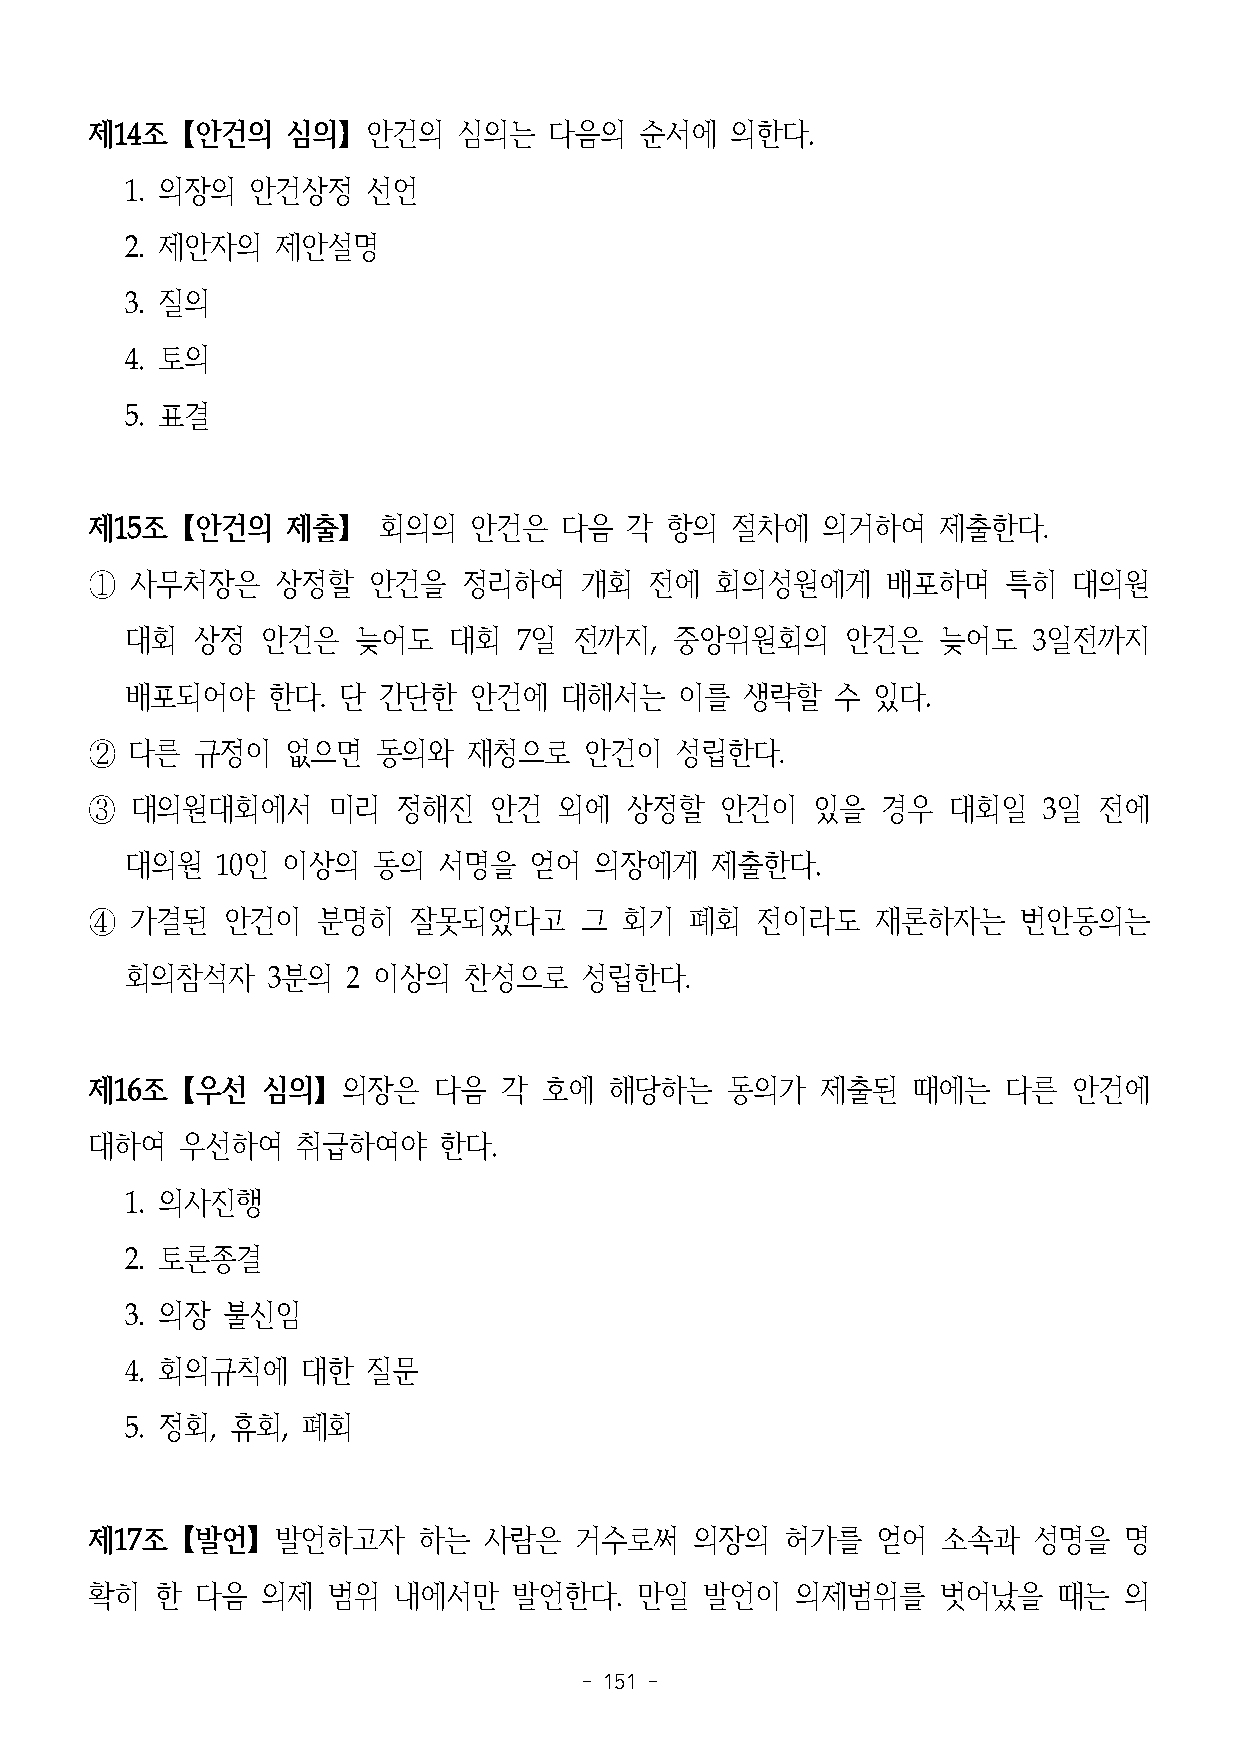
제14조【안건의     심의】안건의     심의는   다음의   순서에   의한다.
 1. 의장의  안건상정    선언
 2. 제안자의   제안설명
 3. 질의
 4. 토의
 5. 표결
 제15조【안건의     제출】   회의의   안건은   다음  각  항의  절차에   의거하여    제출한다.
 ①  사무처장은    상정할   안건을    정리하여   개회   전에  회의성원에게      배포하며    특히  대의원
 대회   상정  안건은   늦어도    대회  7일  전까지,   중앙위원회의     안건은   늦어도   3일전까지
 배포되어야     한다. 단  간단한   안건에   대해서는    이를  생략할   수  있다.
 ②  다른  규정이   없으면   동의와   재청으로    안건이   성립한다.
 ③  대의원대회에서      미리  정해진   안건   외에  상정할    안건이   있을  경우   대회일   3일  전에
 대의원   10인  이상의   동의  서명을   얻어  의장에게    제출한다.
 ④  가결된   안건이   분명히   잘못되었다고     그  회기   폐회  전이라도    재론하자는     번안동의는
 회의참석자     3분의  2 이상의   찬성으로   성립한다.
 제16조【우선    심의】의장은      다음  각  호에  해당하는    동의가   제출된   때에는    다른  안건에
 대하여   우선하여    취급하여야    한다.
 1. 의사진행
 2. 토론종결
 3. 의장  불신임
 4. 회의규칙에    대한  질문
 5. 정회, 휴회,  폐회
 제17조【발언】발언하고자         하는  사람은   거수로써    의장의   허가를   얻어  소속과   성명을   명
 확히  한  다음  의제   범위  내에서만    발언한다.   만일   발언이   의제범위를    벗어났을    때는  의
 - 151 -